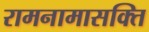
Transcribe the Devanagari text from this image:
रामनामासक्ति